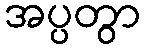
အပ္ပတွာ